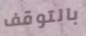
بالتوقف